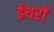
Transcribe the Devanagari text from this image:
ईथरों